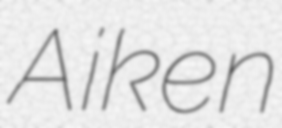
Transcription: Aiken